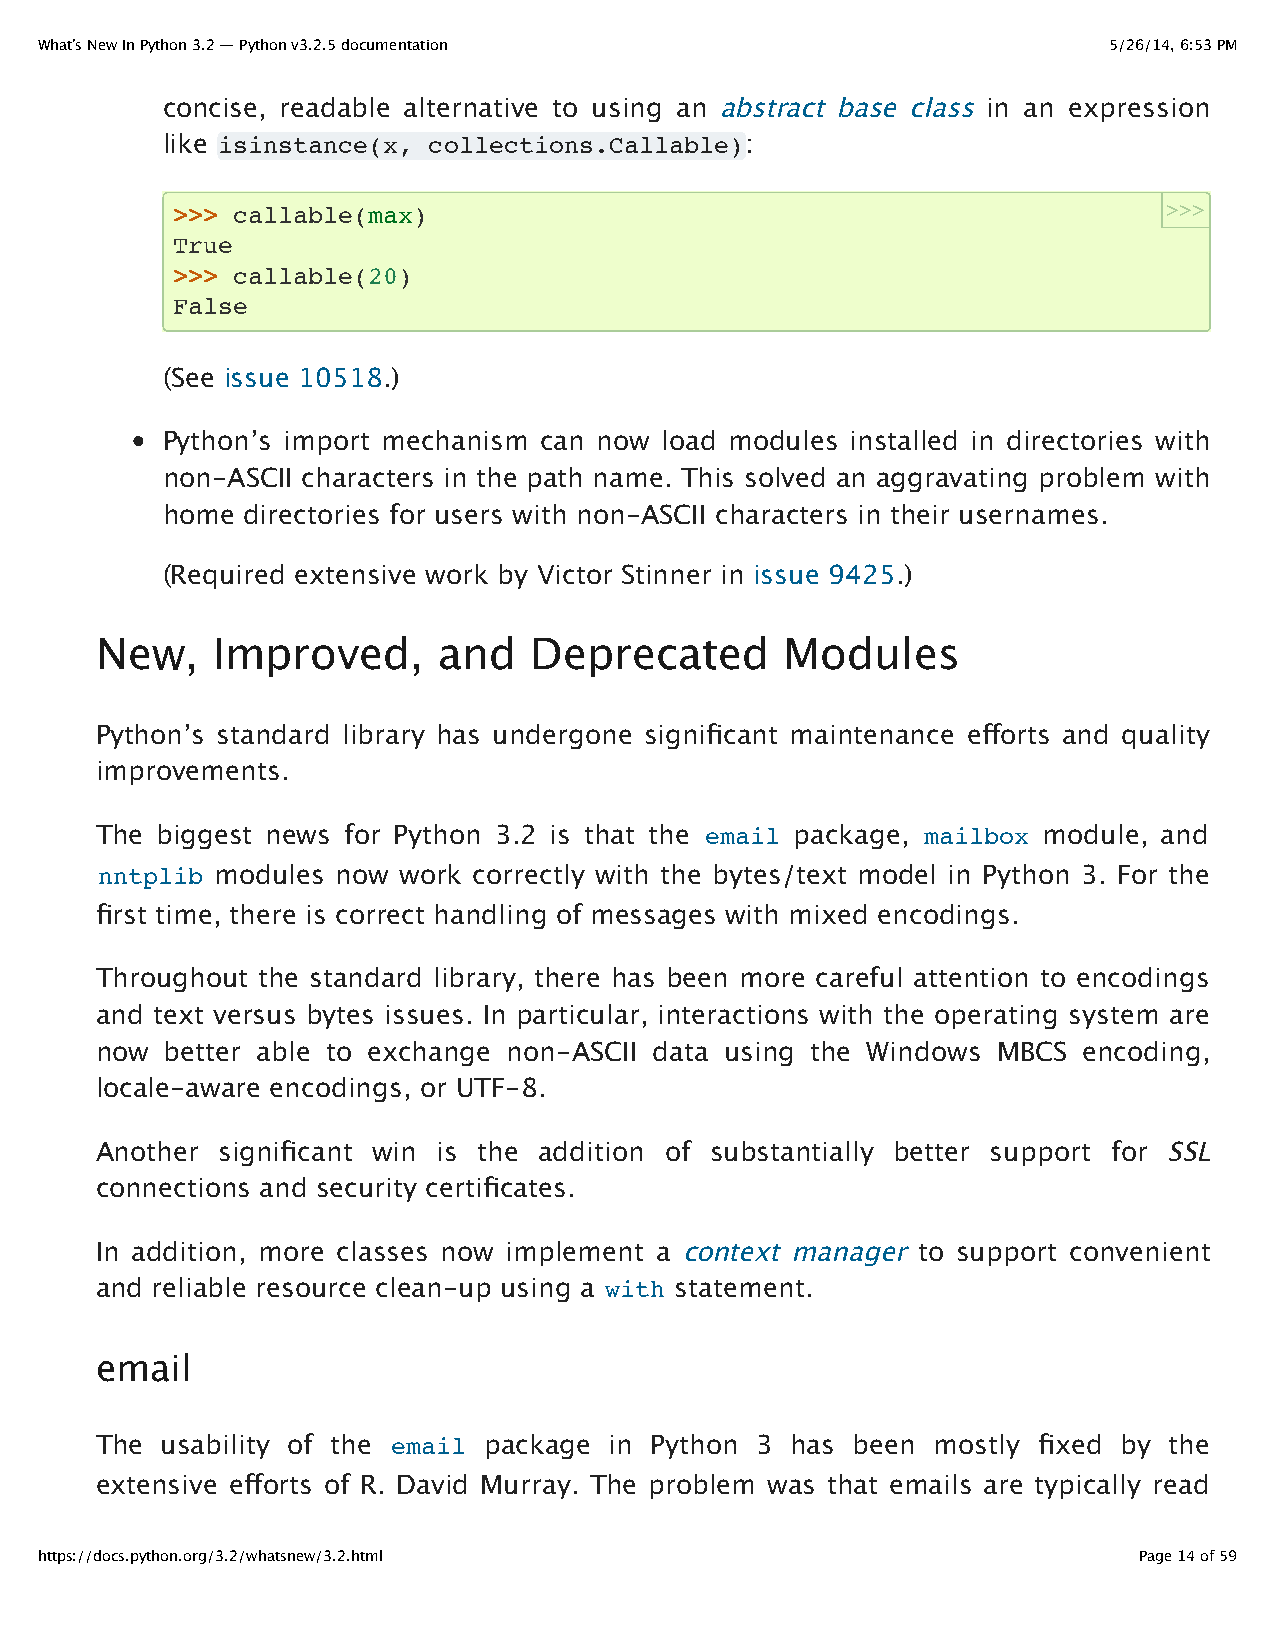
What’s New In Python 3.2 — Python v3.2.5 documentation                 5/26/14, 6:53 PM
 concise, readable alternative to using an abstract base class in an expression
 like isinstance(x, collections.Callable):
 >>> callable(max)                                                 >>>
 True
 >>> callable(20)
 False
 (See issue 10518.)
 Python’s import mechanism can now load modules installed in directories with
 non-ASCII characters in the path name. This solved an aggravating problem with
 home directories for users with non-ASCII characters in their usernames.
 (Required extensive work by Victor Stinner in issue 9425.)
 New,    Improved,      and   Deprecated       Modules
 Python’s standard library has undergone significant maintenance efforts and quality
 improvements.
 The biggest news for Python 3.2 is that the email package, mailbox module, and
 nntplib modules now work correctly with the bytes/text model in Python 3. For the
 first time, there is correct handling of messages with mixed encodings.
 Throughout the standard library, there has been more careful attention to encodings
 and text versus bytes issues. In particular, interactions with the operating system are
 now  better able to exchange non-ASCII data using the Windows MBCS encoding,
 locale-aware encodings, or UTF-8.
 Another significant win is the addition of substantially better support for SSL
 connections and security certificates.
 In addition, more classes now implement a context manager to support convenient
 and reliable resource clean-up using a with statement.
 email
 The  usability of the email package in Python 3 has been mostly fixed by the
 extensive efforts of R. David Murray. The problem was that emails are typically read
 https://docs.python.org/3.2/whatsnew/3.2.html                            Page 14 of 59